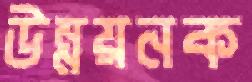
উন্নয়নক